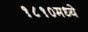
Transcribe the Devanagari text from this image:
१८१०मध्ये